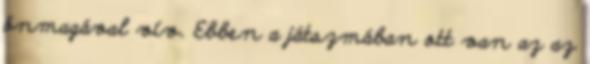
önmagával vív. Ebben a játszmában ott van az az